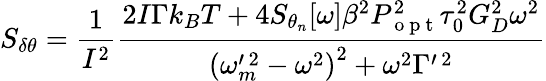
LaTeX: S_{\delta\theta}=\frac{1}{I^{2}}\frac{2I\Gamma k_{B}T+4S_{\theta_{n}}[\omega]\beta^{2}P_{\mathrm{~o~p~t~}}^{2}\tau_{0}^{2}G_{D}^{2}\omega^{2}}{\left(\omega_{m}^{\prime\, 2}-\omega^{2}\right)^{2}+\omega^{2}\Gamma^{\prime\, 2}}